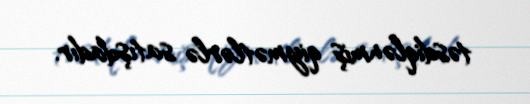
təsdiqlənmiş qiymətlərlə satışdadır.